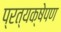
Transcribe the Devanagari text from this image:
प्रत्यक्षेपण